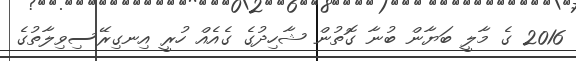
2016 ގެ މާލީ ބަޔާން ބުނާ ގޮތުން ޝާހިދުގެ ގެއެއް ހުރީ އިނގިރޭސިވިލާތުގެ